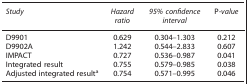
| Study | Hazard ratio | 95% confidence interval | P-value |
 | --- | --- | --- | --- |
 | D9901 | 0.629 | 0.304–1.303 | 0.212 |
 | D9902A | 1.242 | 0.544–2.833 | 0.607 |
 | IMPACT | 0.727 | 0.536–0.987 | 0.041 |
 | Integrated result | 0.755 | 0.579–0.985 | 0.038 |
 | Adjusted integrated resulta | 0.754 | 0.571–0.995 | 0.046 |